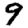
Digit: 9